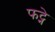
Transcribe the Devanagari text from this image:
फट्ने